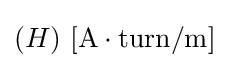
(H)\ \mathrm {[A\cdot {turn}/m]}